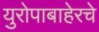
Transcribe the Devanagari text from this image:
युरोपाबाहेरचे